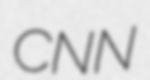
CNN